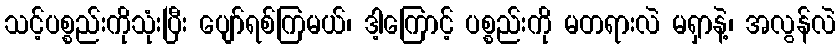
သင့်ပစ္စည်းကိုသုံးပြီး ပျော်ရစ်ကြမယ်၊ ဒါ့ကြောင့် ပစ္စည်းကို မတရားလဲ မရှာနဲ့၊ အလွန်လဲ